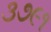
૩૭૯૧